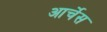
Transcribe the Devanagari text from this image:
आर्चेस